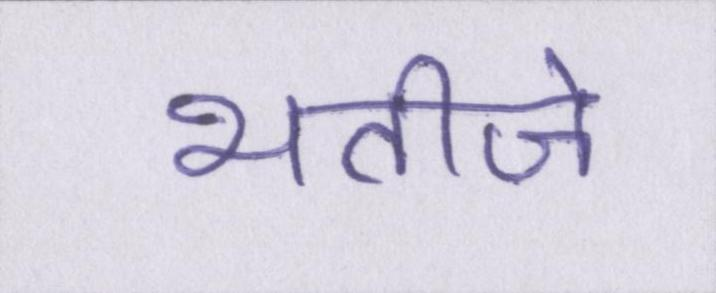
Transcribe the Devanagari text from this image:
भतीजे